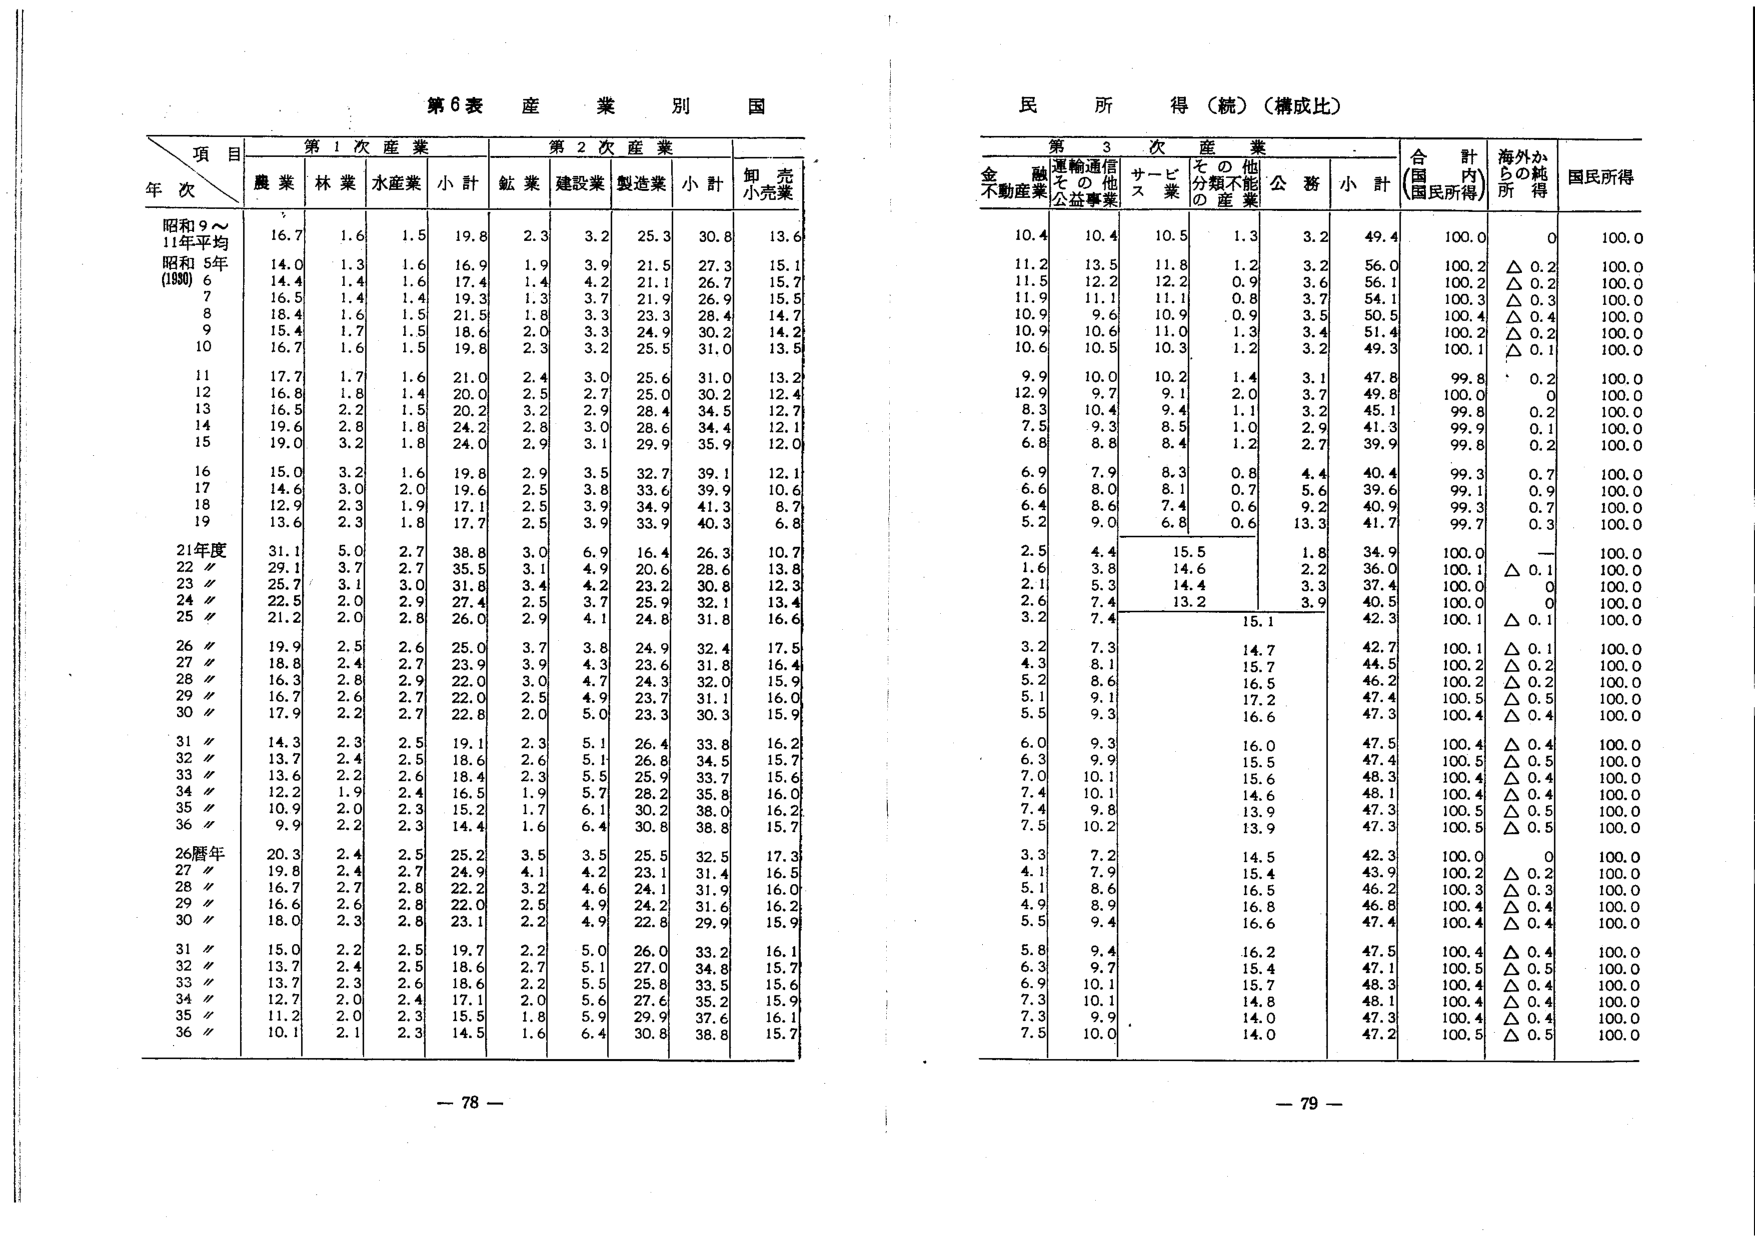
第6表 産業別 国民所得（続）（構成比）

項 目
年 次

第1次産業
農業 林業 水産業 小計

第2次産業
鉱業 建設業 製造業 小計

卸売小売業

第3次産業
金融不動産業 運輸通信その他公益事業 サービス業 その他分類不能の産業 公務 小計

合計（国民所得） 海外からの純所得 国民所得

昭和9～11年平均
16.7 1.6 1.5 19.8 2.3 3.2 25.3 30.8 13.6
10.4 10.4 10.5 1.3 3.2 49.4 100.0 0 100.0

昭和5年（1930）
6 14.0 1.3 1.6 16.9 1.9 3.9 21.5 27.3 15.1
11.2 13.5 11.8 1.2 3.2 56.0 100.2 △0.2 100.0

7 14.4 1.4 1.6 17.4 1.4 4.2 21.1 26.7 15.7
11.5 12.2 12.2 0.9 3.6 56.1 100.2 △0.2 100.0

8 16.5 1.4 1.4 19.3 1.3 3.7 21.9 26.9 15.5
11.9 11.1 11.1 0.8 3.7 54.1 100.3 △0.3 100.0

9 18.4 1.6 1.5 21.5 1.8 3.3 23.3 28.4 14.7
10.9 9.6 10.9 0.9 3.5 50.5 100.4 △0.4 100.0

10 15.4 1.7 1.5 18.6 2.0 3.3 24.9 30.2 14.2
10.9 10.6 11.0 1.3 3.4 51.4 100.2 △0.2 100.0

10 16.7 1.6 1.5 19.8 2.3 3.2 25.5 31.0 13.5
10.6 10.5 10.3 1.2 3.2 49.3 100.1 △0.1 100.0

11 17.7 1.7 1.6 21.0 2.4 3.0 25.6 31.0 13.2
9.9 10.0 10.2 1.4 3.1 47.8 99.8 0.2 100.0

12 16.8 1.8 1.4 20.0 2.5 2.7 25.0 30.2 12.4
12.9 9.7 9.1 2.0 3.7 49.8 100.0 0 100.0

13 16.5 2.2 1.5 20.2 3.2 2.9 28.4 34.5 12.7
8.3 10.4 9.4 1.1 3.2 45.1 99.8 0.2 100.0

14 19.6 2.8 1.8 24.2 2.8 3.0 28.6 34.4 12.1
7.5 9.3 8.5 1.0 2.9 41.3 99.9 0.1 100.0

15 19.0 3.2 1.8 24.0 2.9 3.1 29.9 35.9 12.0
6.8 8.8 8.4 1.2 2.7 39.9 99.8 0.2 100.0

16 15.0 3.2 1.6 19.8 2.9 3.5 32.7 39.1 12.1
6.9 7.9 8.3 0.8 4.4 40.4 99.3 0.7 100.0

17 14.6 3.0 2.0 19.6 2.5 3.8 33.6 39.9 10.6
6.6 8.0 8.1 0.7 5.6 39.6 99.1 0.9 100.0

18 12.9 2.3 1.9 17.1 2.5 3.9 34.9 41.3 8.7
6.4 8.6 7.4 0.6 9.2 40.9 99.3 0.7 100.0

19 13.6 2.3 1.8 17.7 2.5 3.9 33.9 40.3 6.8
5.2 9.0 6.8 0.6 13.3 41.7 99.7 0.3 100.0

21年度 31.1 5.0 2.7 38.8 3.0 6.9 16.4 26.3 10.7
2.5 4.4 15.5 1.8 34.9 100.0 — 100.0

22〃 29.1 3.7 2.7 35.5 3.1 4.9 20.6 28.6 13.8
1.6 3.8 14.6 2.2 36.0 100.1 △0.1 100.0

23〃 25.7 3.1 3.0 31.8 3.4 4.2 23.2 30.8 12.3
2.1 5.3 14.4 3.3 37.4 100.0 0 100.0

24〃 22.5 2.0 2.9 27.4 2.5 3.7 25.9 32.1 13.4
2.6 7.4 13.2 3.9 40.5 100.0 0 100.0

25〃 21.2 2.0 2.8 26.0 2.9 4.1 24.8 31.8 16.6
3.2 7.4 15.1 42.3 100.1 △0.1 100.0

26〃 19.9 2.5 2.6 25.0 3.7 3.8 24.9 32.4 17.5
3.2 7.3 14.7 42.7 100.1 △0.1 100.0

27〃 18.8 2.4 2.7 23.9 3.9 4.3 23.6 31.8 16.4
4.3 8.1 15.7 44.5 100.2 △0.2 100.0

28〃 16.3 2.8 2.9 22.0 3.0 4.7 24.3 32.0 15.9
5.2 8.6 16.5 46.2 100.2 △0.2 100.0

29〃 16.7 2.6 2.7 22.0 2.5 4.9 23.7 31.1 16.0
5.1 9.1 17.2 47.4 100.5 △0.5 100.0

30〃 17.9 2.2 2.7 22.8 2.0 5.0 23.3 30.3 15.9
5.5 9.3 16.6 47.3 100.4 △0.4 100.0

31〃 14.3 2.3 2.5 19.1 2.3 5.1 26.4 33.8 16.2
6.0 9.3 16.0 47.5 100.4 △0.4 100.0

32〃 13.7 2.4 2.5 18.6 2.6 5.1 26.8 34.5 15.7
6.3 9.9 15.5 47.4 100.5 △0.5 100.0

33〃 13.6 2.2 2.6 18.4 2.3 5.5 25.9 33.7 15.6
7.0 10.1 15.6 48.3 100.4 △0.4 100.0

34〃 12.2 1.9 2.4 16.5 1.9 5.7 28.2 35.8 16.0
7.4 10.1 14.6 48.1 100.4 △0.4 100.0

35〃 10.9 2.0 2.3 15.2 1.7 6.1 30.2 38.0 16.2
7.4 9.8 13.9 47.3 100.5 △0.5 100.0

36〃 9.9 2.2 2.3 14.4 1.6 6.4 30.8 38.8 15.7
7.5 10.2 13.9 47.3 100.5 △0.5 100.0

26暦年 20.3 2.4 2.5 25.2 3.5 3.5 25.5 32.5 17.3
3.3 7.2 14.5 42.3 100.0 0 100.0

27〃 19.8 2.4 2.7 24.9 4.1 4.2 23.1 31.4 16.5
4.1 7.9 15.4 43.9 100.2 △0.2 100.0

28〃 16.7 2.7 2.8 22.2 3.2 4.6 24.1 31.9 16.0
5.1 8.6 16.5 46.2 100.3 △0.3 100.0

29〃 16.6 2.6 2.8 22.0 2.5 4.9 24.2 31.6 16.2
4.9 8.9 16.8 46.8 100.4 △0.4 100.0

30〃 18.0 2.3 2.8 23.1 2.2 4.9 22.8 29.9 15.9
5.5 9.4 16.6 47.4 100.4 △0.4 100.0

31〃 15.0 2.2 2.5 19.7 2.2 5.0 26.0 33.2 16.1
5.8 9.4 16.2 47.5 100.4 △0.4 100.0

32〃 13.7 2.4 2.5 18.6 2.7 5.1 27.0 34.8 15.7
6.3 9.7 15.4 47.1 100.5 △0.5 100.0

33〃 13.7 2.3 2.6 18.6 2.2 5.5 25.8 33.5 15.6
6.9 10.1 15.7 48.3 100.4 △0.4 100.0

34〃 12.7 2.0 2.4 17.1 2.0 5.6 27.6 35.2 15.9
7.3 10.1 14.8 48.1 100.4 △0.4 100.0

35〃 11.2 2.0 2.3 15.5 1.8 5.9 29.9 37.6 16.1
7.3 9.9 14.0 47.3 100.4 △0.4 100.0

36〃 10.1 2.1 2.3 14.5 1.6 6.4 30.8 38.8 15.7
7.5 10.0 14.0 47.2 100.5 △0.5 100.0

- 78 -
- 79 -